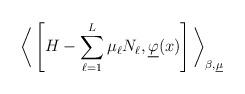
LaTeX: \begin{align*}\bigg\langle \left[ H - \sum_{\ell=1}^L \mu_\ell N_\ell, \underline{\varphi} (x) \right] \bigg\rangle_{\beta,\underline{\mu}}\end{align*}